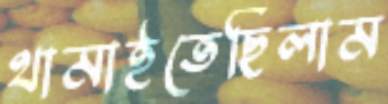
থামাইতেছিলাম